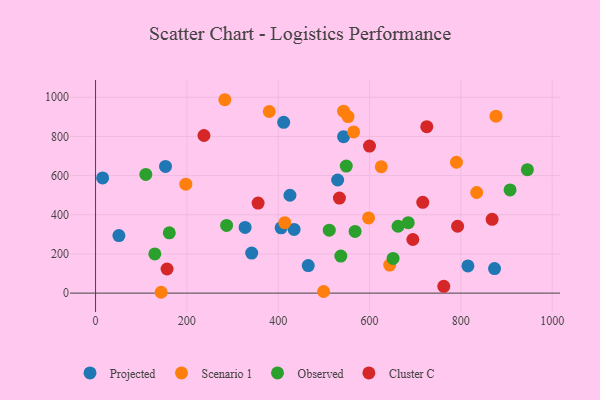
{"axis": {"x": "Distance", "y": "Profit"}, "legend": ["Cluster C", "Observed", "Projected", "Scenario 1"], "data": [{"x": "51.1", "y": 294.0, "type": "Projected"}, {"x": "327.5", "y": 335.4, "type": "Projected"}, {"x": "530.2", "y": 577.6, "type": "Projected"}, {"x": "815.5", "y": 138.7, "type": "Projected"}, {"x": "153.2", "y": 646.9, "type": "Projected"}, {"x": "342.0", "y": 204.4, "type": "Projected"}, {"x": "15.5", "y": 588.2, "type": "Projected"}, {"x": "465.8", "y": 140.4, "type": "Projected"}, {"x": "543.2", "y": 798.9, "type": "Projected"}, {"x": "412.0", "y": 872.3, "type": "Projected"}, {"x": "425.7", "y": 499.8, "type": "Projected"}, {"x": "873.8", "y": 125.5, "type": "Projected"}, {"x": "434.8", "y": 325.2, "type": "Projected"}, {"x": "406.4", "y": 333.4, "type": "Projected"}, {"x": "597.9", "y": 383.9, "type": "Scenario 1"}, {"x": "644.2", "y": 143.3, "type": "Scenario 1"}, {"x": "143.6", "y": 4.3, "type": "Scenario 1"}, {"x": "834.7", "y": 513.7, "type": "Scenario 1"}, {"x": "553.0", "y": 901.5, "type": "Scenario 1"}, {"x": "499.4", "y": 8.2, "type": "Scenario 1"}, {"x": "543.2", "y": 929.1, "type": "Scenario 1"}, {"x": "414.4", "y": 359.6, "type": "Scenario 1"}, {"x": "197.7", "y": 556.5, "type": "Scenario 1"}, {"x": "565.2", "y": 822.9, "type": "Scenario 1"}, {"x": "877.0", "y": 903.7, "type": "Scenario 1"}, {"x": "283.1", "y": 987.5, "type": "Scenario 1"}, {"x": "625.7", "y": 645.2, "type": "Scenario 1"}, {"x": "790.4", "y": 668.3, "type": "Scenario 1"}, {"x": "380.4", "y": 927.5, "type": "Scenario 1"}, {"x": "129.8", "y": 200.1, "type": "Observed"}, {"x": "651.6", "y": 176.9, "type": "Observed"}, {"x": "537.1", "y": 188.9, "type": "Observed"}, {"x": "511.8", "y": 321.2, "type": "Observed"}, {"x": "568.4", "y": 314.8, "type": "Observed"}, {"x": "945.7", "y": 630.3, "type": "Observed"}, {"x": "907.8", "y": 527.1, "type": "Observed"}, {"x": "549.1", "y": 648.6, "type": "Observed"}, {"x": "287.0", "y": 345.8, "type": "Observed"}, {"x": "662.5", "y": 341.4, "type": "Observed"}, {"x": "110.1", "y": 606.2, "type": "Observed"}, {"x": "684.8", "y": 359.8, "type": "Observed"}, {"x": "161.5", "y": 307.7, "type": "Observed"}, {"x": "762.6", "y": 34.6, "type": "Cluster C"}, {"x": "237.4", "y": 804.7, "type": "Cluster C"}, {"x": "356.0", "y": 459.7, "type": "Cluster C"}, {"x": "868.5", "y": 376.6, "type": "Cluster C"}, {"x": "792.9", "y": 341.4, "type": "Cluster C"}, {"x": "716.6", "y": 463.4, "type": "Cluster C"}, {"x": "156.6", "y": 123.1, "type": "Cluster C"}, {"x": "725.4", "y": 850.1, "type": "Cluster C"}, {"x": "694.9", "y": 273.8, "type": "Cluster C"}, {"x": "534.1", "y": 485.3, "type": "Cluster C"}, {"x": "599.9", "y": 750.9, "type": "Cluster C"}]}